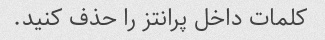
کلمات داخل پرانتز را حذف کنید.